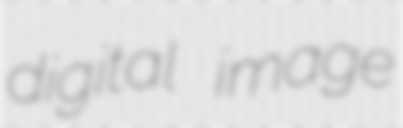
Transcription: digital image